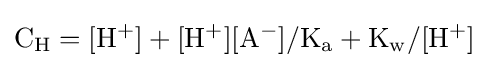
\mathrm {C_{H}=[H^{+}]+[H^{+}][A^{-}]/K_{a}+K_{w}/[H^{+}]}